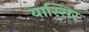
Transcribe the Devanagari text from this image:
यास्सिर